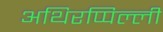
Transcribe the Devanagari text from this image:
अथिरप्पिल्ली